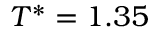
T ^ { * } = 1 . 3 5